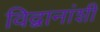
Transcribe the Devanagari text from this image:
विद्वानांशी